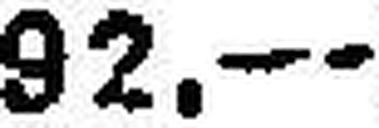
92.—